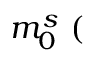
m _ { 0 } ^ { s } ~ ( \